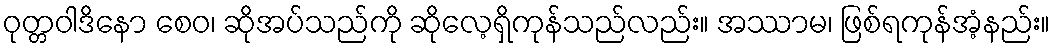
ဝုတ္တဝါဒိနော စေဝ၊ ဆိုအပ်သည်ကို ဆိုလေ့ရှိကုန်သည်လည်း။ အဿာမ၊ ဖြစ်ရကုန်အံ့နည်း။